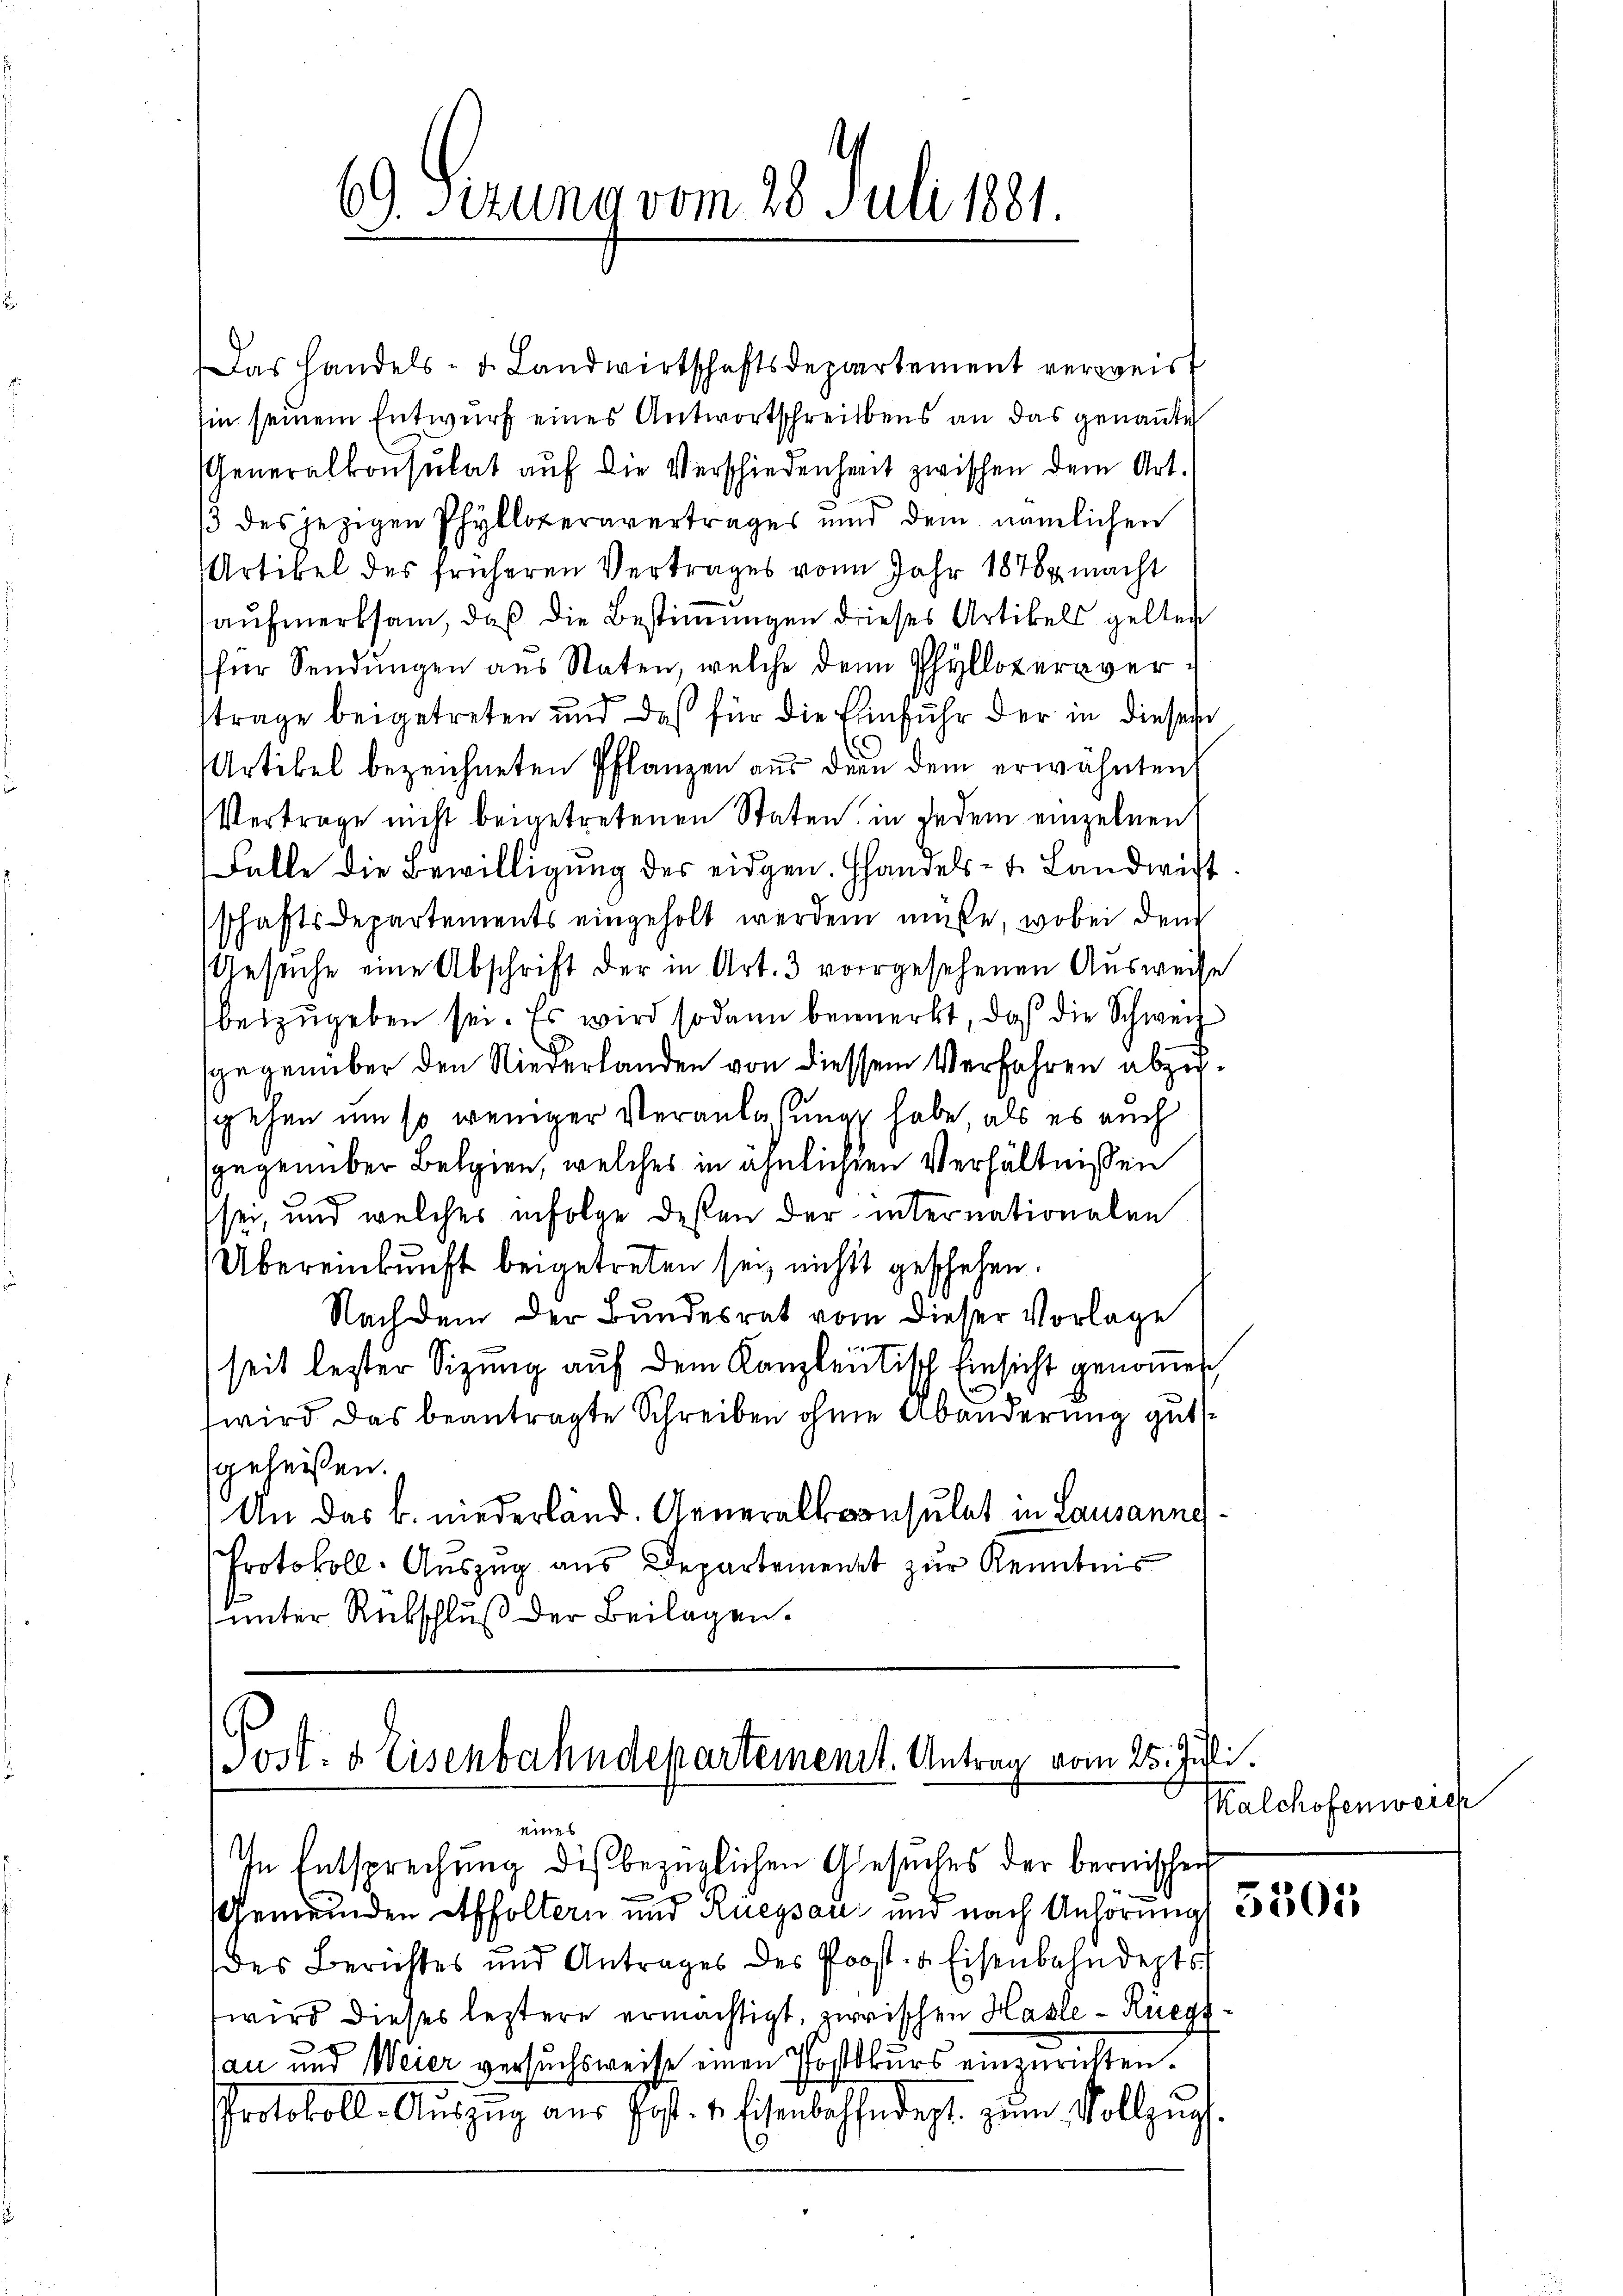
69. Sizung vom 28. Juli 1881.

Das Handels- u. Landwirtschaftsdepartement verweist
sin seinem Entwurf eines Antwortschreibens an das genannte
Generalkonsulat auf die Verschiedenheit zwischen dem Art.
3 des jezigen Phylloperavertrages und dem nämlichen
Artikel des früheren Vertrages vom Jahr 1878 macht
aŭfmerksam, daß die Bestimungen dieses Artikels gelten
für Sendungen aus Staten, welche den Phyllopernvertrage beigetreten und das für die Einfuhr der in dieser
Artikel bezeichneten Pflanzen aus der dem erwähnten
Vertrage nicht beigetretenen Staten in jedem einzelnen
Falle die Bewilligung des eidgen. Handels- u. Landwirt
schaftsdepartements eingeholt werden müsse, wobei dem
Gesuche eine Abschrift der in Art. 3 vorgesehenen Ausweise
beizugeben sei. Es wird sodann bemerkt, daß die Schweiz
gegenüber den Niederlanden von diessem Verfahren abzusgehen um so weniger Veranlassung habe als es auch
gegenüber Belgien, welches in ähnlichen Verhältnissen
sei, und welches infolge desten der internationalen
Übereinkunft beigetreten sey nichts geschehen.
Nachdem der Bundesrat vom dieser Vorlage

seit lester Sitzŭng aŭf dem Kanzleitisch Einsicht genoṁen,
wird. Das beantragte Schreiben ohne Abänderung gutgeheißen.
An das b. niederländ. Generalkonsulat in Lausanne¬
Protokoll-Auszug aus Departement zur Kenntnis
unter Rückschluß der Beilagen.

Jost & Eisenbahndepartement. Antrag vom 25. Juli.
eines

In Entsprechung dis bezüglichen Gesuches der bernischen
0
Gemeinden Affoltern und Rüegsau und nach Anhörung 355 683
des Berichtes und Antrages des Prost- & Eisenbahndepts
wird dieses leztere ermächtigt, zwischen Hasle - Rüegs
au und Weier versuchsweise einen Postkurs einzurichten.
Protokoll-Auszug aus Post. v. Eisenbahndept. zum Vollzug.

Kalchofenweich